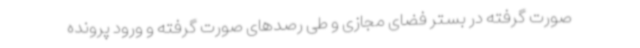
صورت گرفته در بستر فضای مجازی و طی رصدهای صورت گرفته و ورود پرونده